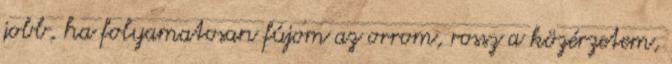
jobb, ha folyamatosan fújom az orrom, rossz a közérzetem,